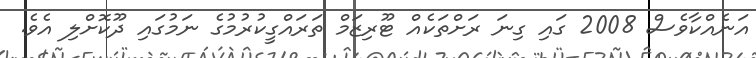
އަނެއްކާވެސް 2008 ގައި ގިނަ ރަށްތަކެއް ޓޫރިޒަމް ތަރައްގީކުރުމުގެ ނަމުގައި ދޫކޮށްލި އެވެ.